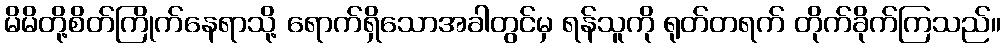
မိမိတို့စိတ်ကြိုက်နေရာသို့ ရောက်ရှိသောအခါတွင်မှ ရန်သူကို ရုတ်တရက် တိုက်ခိုက်ကြသည်။